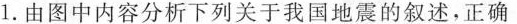
1.由图中内容分析下列关于我国地震的叙述，正确